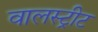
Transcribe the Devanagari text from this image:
वालस्ट्रीट